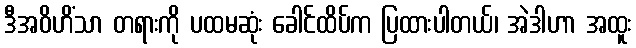
ဒီအဝိဟိံသာ တရားကို ပထမဆုံး ခေါင်ထိပ်က ပြထားပါတယ်၊ အဲဒါဟာ အထူး